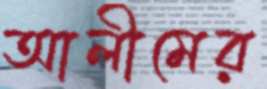
আলীমের